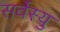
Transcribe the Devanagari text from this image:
सर्वेस्यु